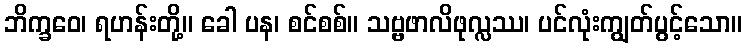
ဘိက္ခဝေ၊ ရဟန်းတို့။ ခေါ ပန၊ စင်စစ်။ သဗ္ဗဖာလိဖုလ္လဿ၊ ပင်လုံးကျွတ်ပွင့်သော။